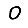
Digit: 0